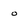
Character: o